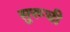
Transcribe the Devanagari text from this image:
सुरूची